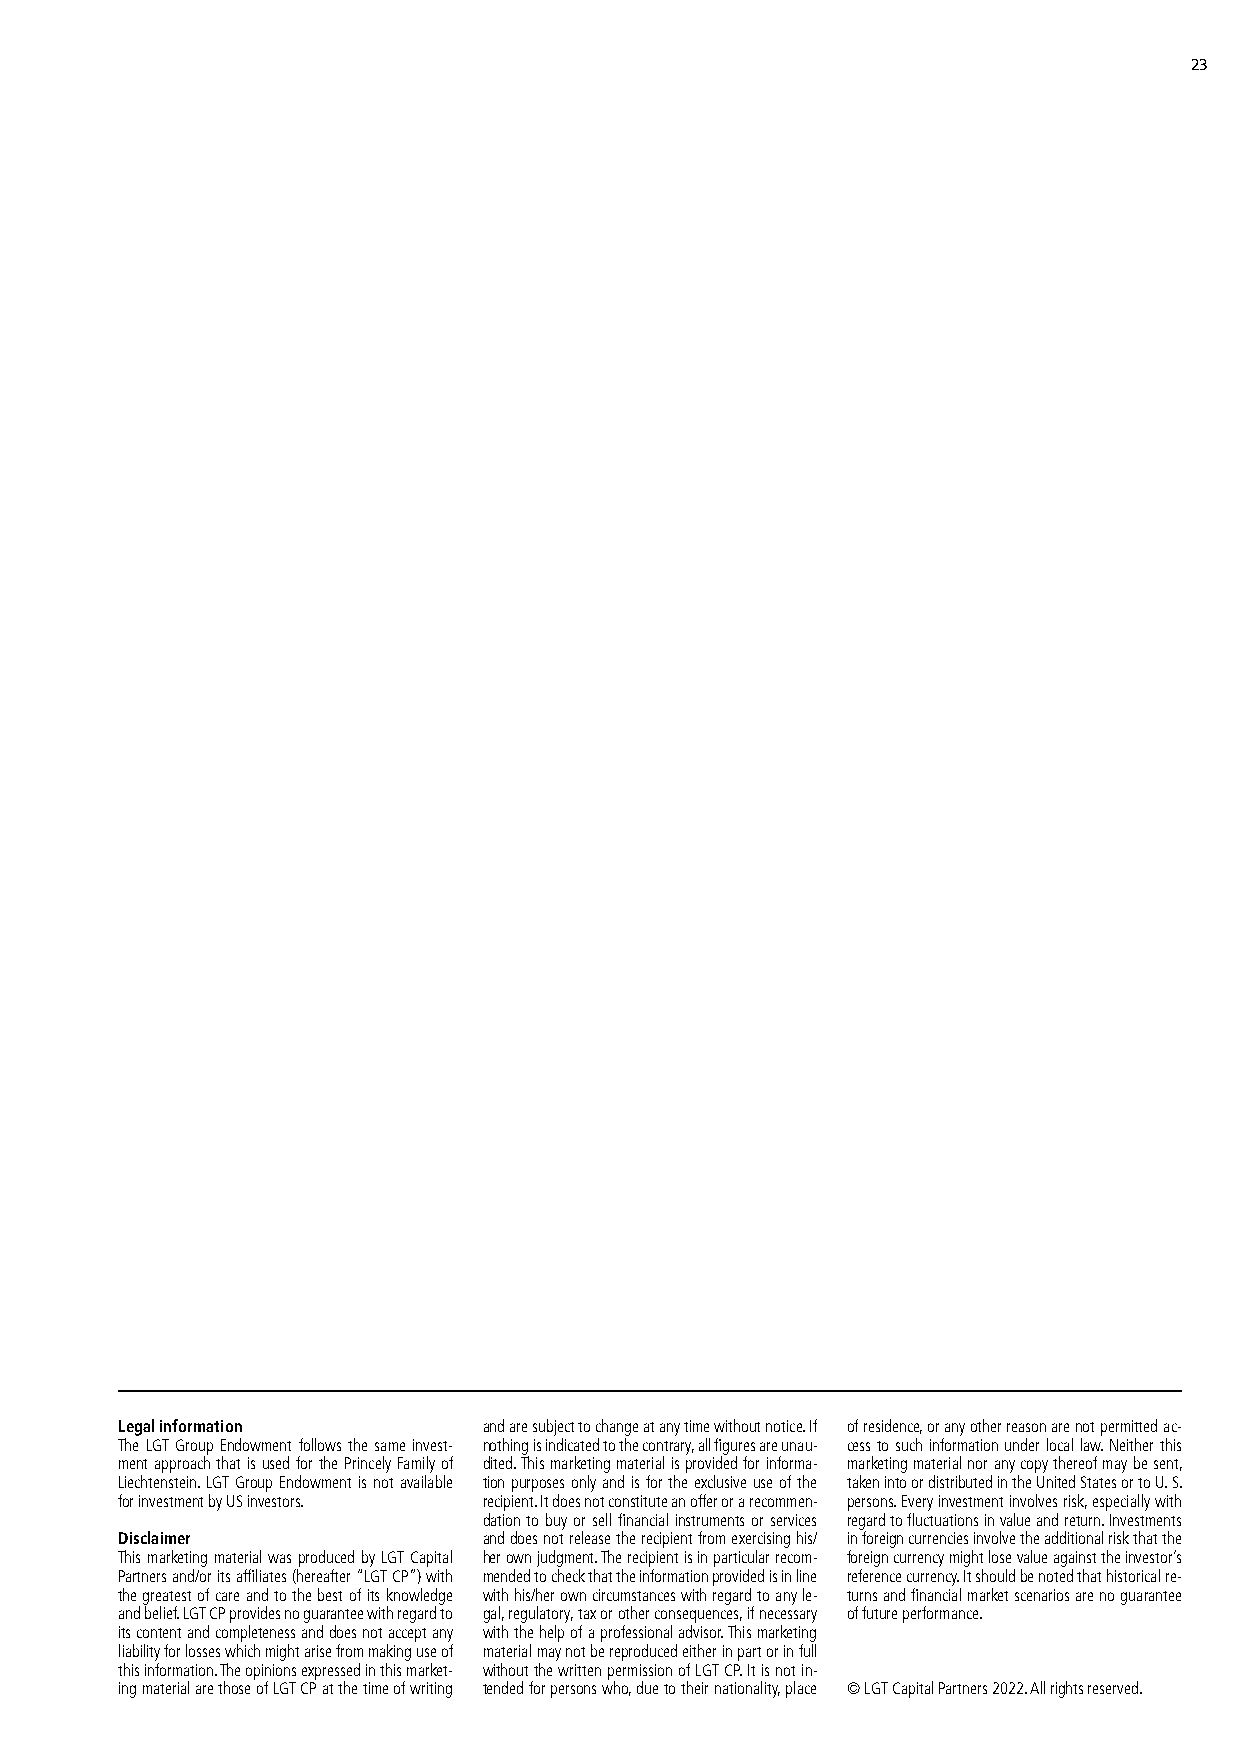
23
 Legal information       and are subject to change at any time without notice. If of residence, or any other reason are not permitted ac-
 The LGT Group Endowment follows the same invest- nothing is indicated to the contrary, all figures are unau- cess to such information under local law. Neither this
 ment approach that is used for the Princely Family of dited. This marketing material is provided for informa- marketing material nor any copy thereof may be sent,
 Liechtenstein. LGT Group Endowment is not available tion purposes only and is for the exclusive use of the taken into or distributed in the United States or to U. S.
 for investment by US investors. recipient. It does not constitute an offer or a recommen- persons. Every investment involves risk, especially with
 dation to buy or sell financial instruments or services regard to fluctuations in value and return. Investments
 Disclaimer              and does not release the recipient from exercising his/ in foreign currencies involve the additional risk that the
 This marketing material was produced by LGT Capital her own judgment. The recipient is in particular recom- foreign currency might lose value against the investor’s
 Partners and/or its affiliates (hereafter “LGT CP”) with mended to check that the information provided is in line reference currency. It should be noted that historical re-
 the greatest of care and to the best of its knowledge with his/her own circumstances with regard to any le- turns and financial market scenarios are no guarantee
 and belief. LGT CP provides no guarantee with regard to gal, regulatory, tax or other consequences, if necessary of future performance.
 its content and completeness and does not accept any with the help of a professional advisor. This marketing
 liability for losses which might arise from making use of material may not be reproduced either in part or in full
 this information. The opinions expressed in this market- without the written permission of LGT CP. It is not in-
 ing material are those of LGT CP at the time of writing tended for persons who, due to their nationality, place © LGT Capital Partners 2022. All rights reserved.